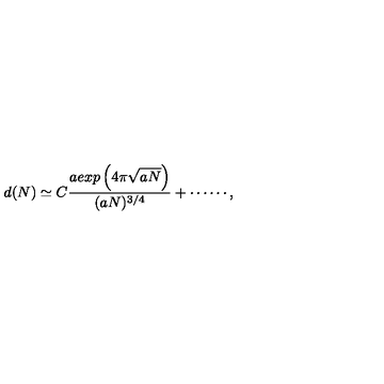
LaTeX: d ( N ) \simeq C \frac { a e x p \left( 4 \pi \sqrt { a N } \right) } { ( a N ) ^ { 3 / 4 } } + \cdots \cdots ,